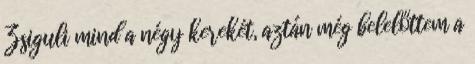
Zsiguli mind a négy kerekét, aztán még belelőttem a